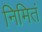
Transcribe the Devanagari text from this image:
निमितं